Civil Veterinary Department Bihar reports 1940-50 - 1940-1950
Year: 1940
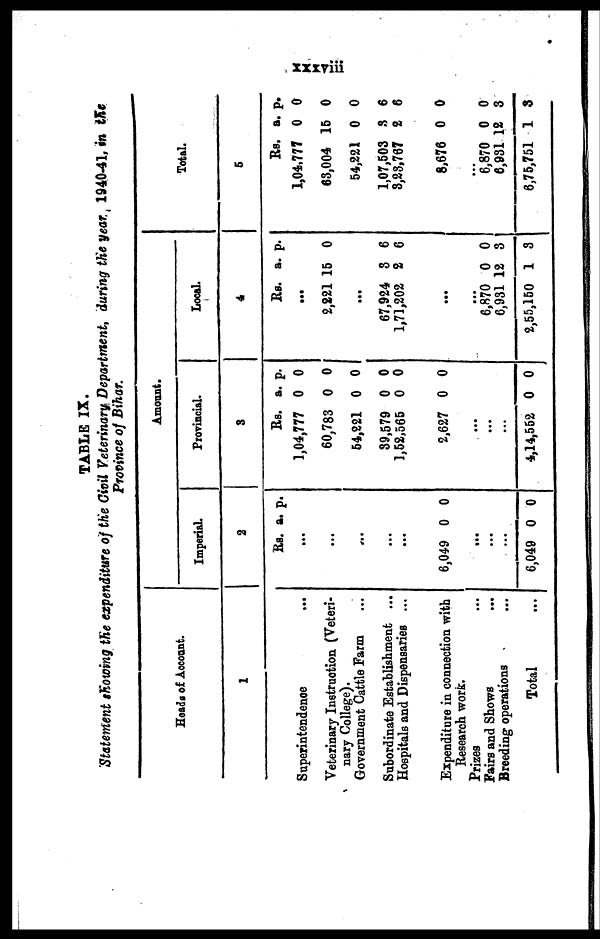
xxxviii
TABLE IX.
Statement showing the expenditure of the civil Veterinary Department, during the year. 1940-41, in the
Province of Bihar.
Heads of Account.
1
Superintendence
...
Veterinary Instruction (Veteri-
nary College).
Government Cattle Farm ...
Subordinate Establishment ...
Hospitals and Dispensaries ...
Expenditure in connection with
Research work.
Prizes ...
Fairs and Shows
...
Breeding operations ...
Total ...
Amount.
Imperial.
2
Rs.
...
...
...
...
...
6,049
...
...
...
6,049
a.
0
0
p.
0
0
Provincial.
3
Rs.
1,04,777
60,783
54,221
39,579
1,52,565
2,627
...
...
...
4,14,552
a.
0
0
0
0
0
0
0
p.
0
0
0
0
0
0
0
Local.
4
Rs.
...
2,221
...
67,924
1,71,202
...
...
6,870
6,931
2,55,150
a.
15
3
2
0
12
1
p.
0
6
6
0
3
3
Total.
5
Rs.
1,04.777
63,004
54,221
1,07,503
3,23,767
8,676
...
6,870
6,931
6,75,751
a.
0
15
0
3
2
0
0
12
1
p.
0
0
0
6
6
0
0
3
3